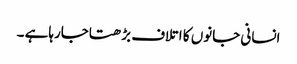
انسانی جانوں کا اتلاف بڑھتاجارہاہے ۔